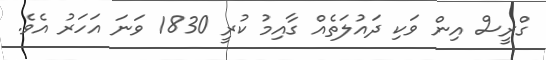
ގްރީސް އިން ވަކި ދައުލަތެއް ގާއިމު ކުރީ 1830 ވަނަ އަހަރު އެވެ.